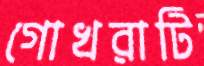
গোখরাটি